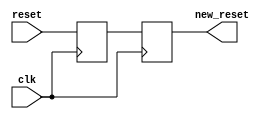
/* Axelou Olympia
 * oaxelou@uth.gr 
 * 2161
 * 
 * ce430
 * Project1: 7-Segment display
 *
 * Part D: 16-char message display circular with a timer
 * 
 * reset_synchronizer: Synchronizes raw reset signal
 * 
 * input : clk, reset
 * output: syncronized reset
 *
 * Implementation: 
 *   Uses 2 flip-flops. 
 *   The first one is to ensure that there will be no setup problem
 *   and the second one is for the metastability.
 */

module reset_synchronizer(clk, reset, new_reset);

	input clk, reset;
	output new_reset;
	reg new_reset;
	reg f1_output;

	always @(posedge clk) 
		new_reset = f1_output;

	always @(posedge clk) 
		f1_output = reset;

endmodule